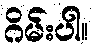
ဂိမ်းပါ။